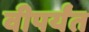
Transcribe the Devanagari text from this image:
वीपर्यंत